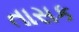
તાસક